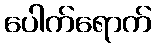
ပေါက်ရောက်